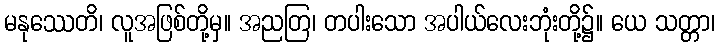
မနုဿေတိ၊ လူအဖြစ်တို့မှ။ အညတြ၊ တပါးသော အပါယ်လေးဘုံးတို့၌။ ယေ သတ္တာ၊